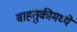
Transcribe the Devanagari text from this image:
वाहतुकीमध्ये